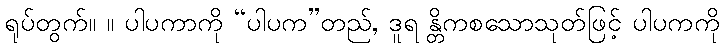
ရုပ်တွက်။ ။ ပါပကာကို “ပါပက”တည်, ဒူရ န္တိကစသောသုတ်ဖြင့် ပါပကကို